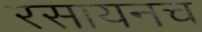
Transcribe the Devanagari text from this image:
रसायनच